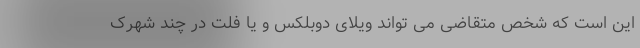
این است که شخص متقاضی می تواند ویلای دوبلکس و یا فلت در چند شهرک